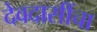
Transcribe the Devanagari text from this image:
देवदासींचा